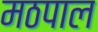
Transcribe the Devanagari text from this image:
मठपाल